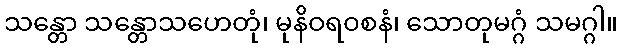
သန္တော သန္တောသဟေတုံ၊ မုနိဝရ၀စနံ၊ သောတုမဂ္ဂံ သမဂ္ဂါ။